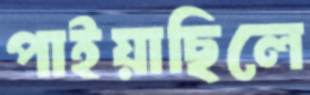
পাইয়াছিলে